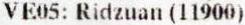
VE05: RIDZUAN (11900)